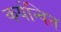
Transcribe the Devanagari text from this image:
कर्यन्वित